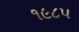
૧૯૮૫